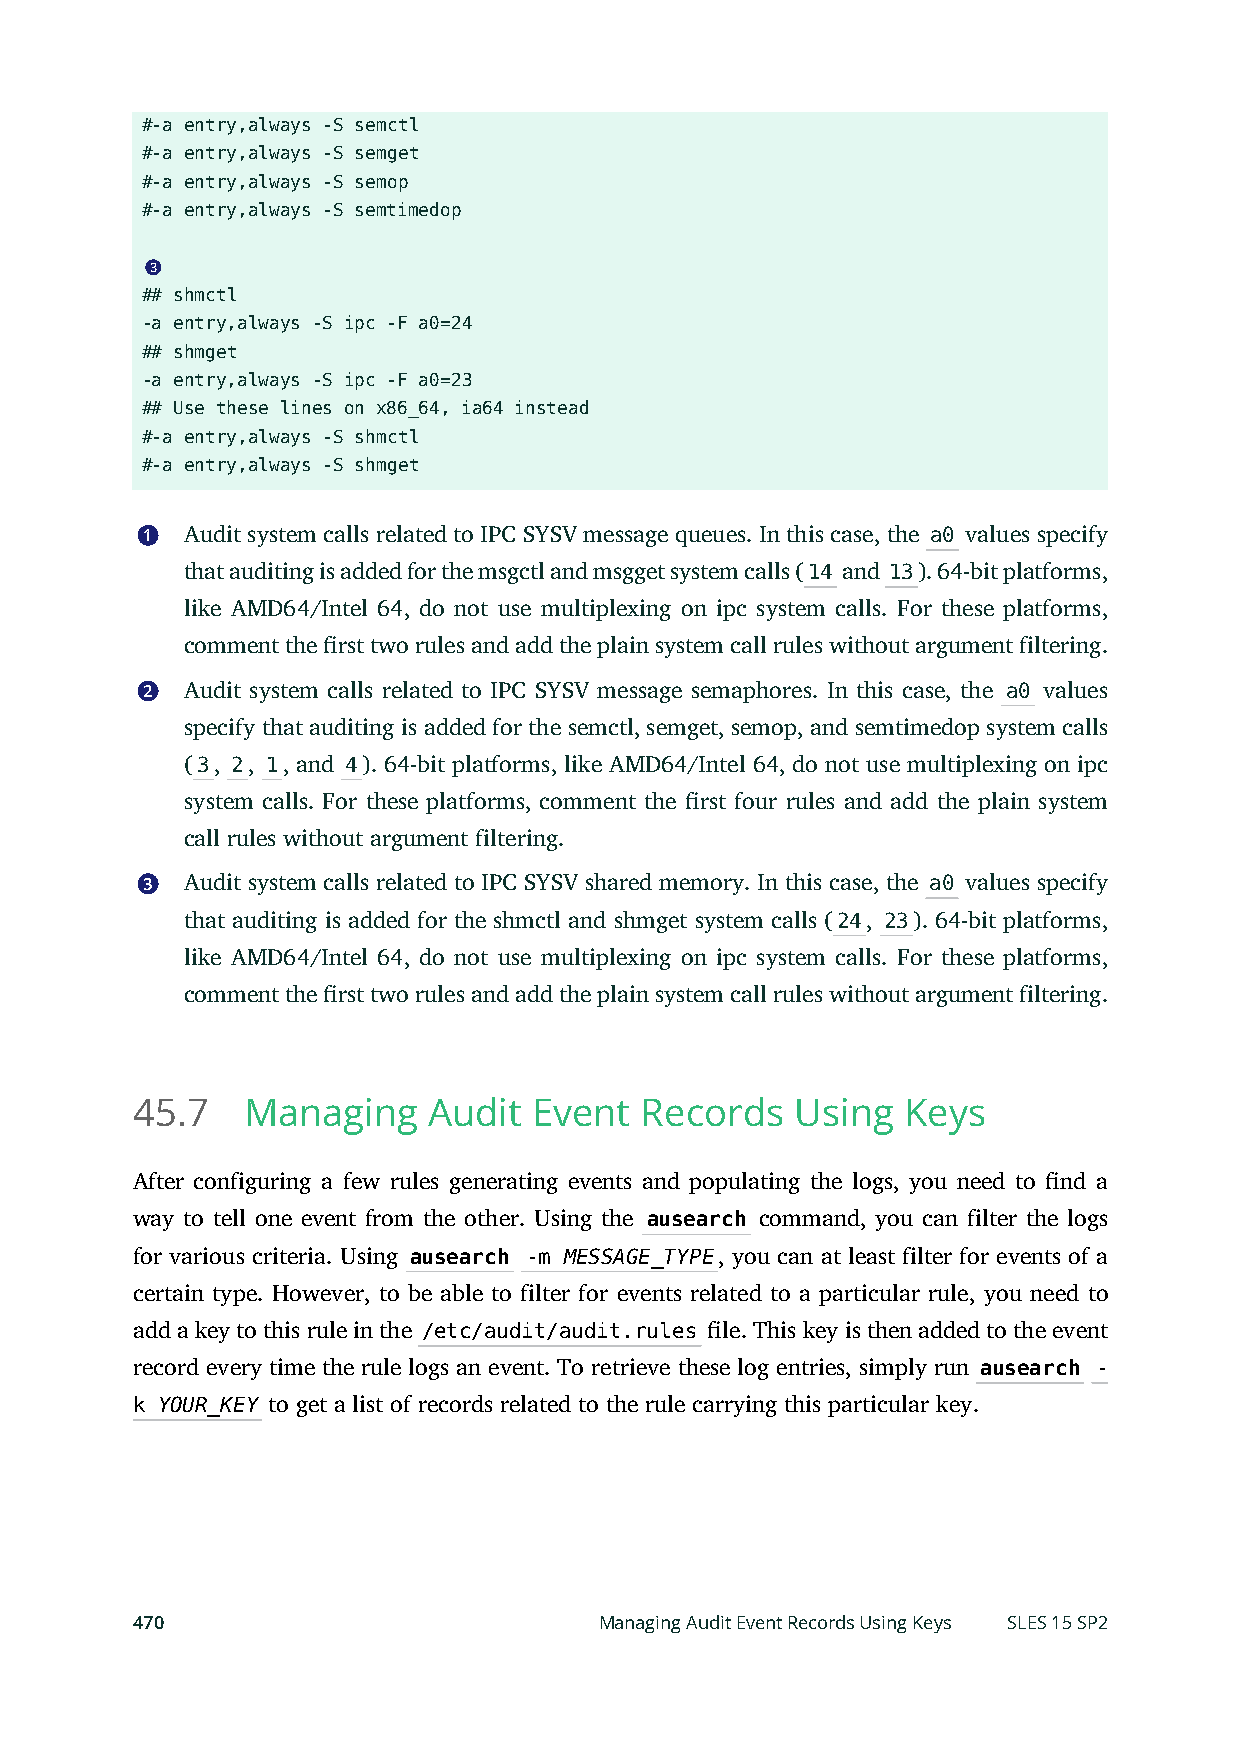
#-a entry,always -S semctl
 #-a entry,always -S semget
 #-a entry,always -S semop
 #-a entry,always -S semtimedop
 3
 ## shmctl
 -a entry,always -S ipc -F a0=24
 ## shmget
 -a entry,always -S ipc -F a0=23
 ## Use these lines on x86_64, ia64 instead
 #-a entry,always -S shmctl
 #-a entry,always -S shmget
 1  Audit system calls related to IPC SYSV message queues. In this case, the a0 values specify
 that auditing is added for the msgctl and msgget system calls (14 and 13). 64-bit platforms,
 like AMD64/Intel 64, do not use multiplexing on ipc system calls. For these platforms,
 comment the rst two rules and add the plain system call rules without argument filtering.
 2  Audit system calls related to IPC SYSV message semaphores. In this case, the a0 values
 specify that auditing is added for the semctl, semget, semop, and semtimedop system calls
 (3, 2, 1, and 4). 64-bit platforms, like AMD64/Intel 64, do not use multiplexing on ipc
 system calls. For these platforms, comment the rst four rules and add the plain system
 call rules without argument filtering.
 3  Audit system calls related to IPC SYSV shared memory. In this case, the a0 values specify
 that auditing is added for the shmctl and shmget system calls (24, 23). 64-bit platforms,
 like AMD64/Intel 64, do not use multiplexing on ipc system calls. For these platforms,
 comment the rst two rules and add the plain system call rules without argument filtering.
 45.7   Managing    Audit  Event  Records    Using  Keys
 After configuring a few rules generating events and populating the logs, you need to nd a
 way to tell one event from the other. Using the ausearch command, you can filter the logs
 for various criteria. Using ausearch -m MESSAGE_TYPE, you can at least filter for events of a
 certain type. However, to be able to filter for events related to a particular rule, you need to
 add a key to this rule in the /etc/audit/audit.rules le. This key is then added to the event
 record every time the rule logs an event. To retrieve these log entries, simply run ausearch -
 k YOUR_KEY to get a list of records related to the rule carrying this particular key.
 470                            Managing Audit Event Records Using Keys SLES 15 SP2